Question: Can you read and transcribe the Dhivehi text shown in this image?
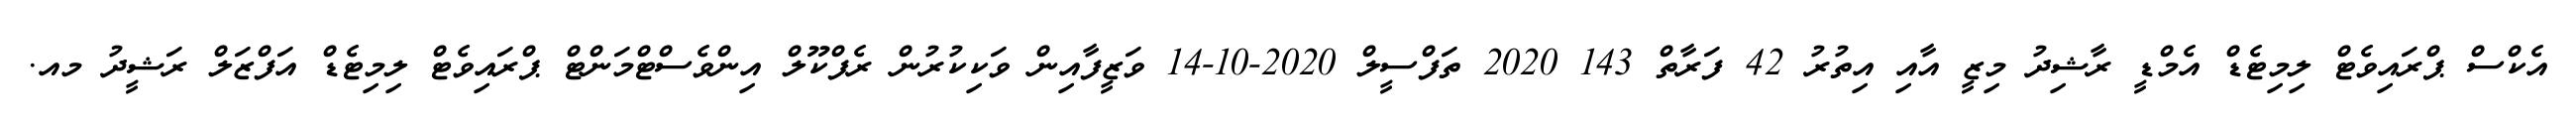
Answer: އެކްސް ޕްރައިވެޓް ލިމިޓެޑް އެމްޑީ ރާޝިދު މިޒީ އާއި އިތުރު 42 ފަރާތް 143 2020 ތަފްސީލް 2020-10-14 ވަޒީފާއިން ވަކިކުރުން ރެފްކޫލް އިންވެސްޓްމަންޓް ޕްރައިވެޓް ލިމިޓެޑް އަފްޒަލް ރަޝީދު މއ.